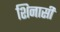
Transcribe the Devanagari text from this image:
शिनासी